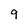
Character: 9